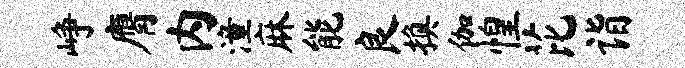
峥膺内潼麻能良换伽惶芘诣